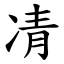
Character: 凊